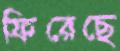
ফিরেছে